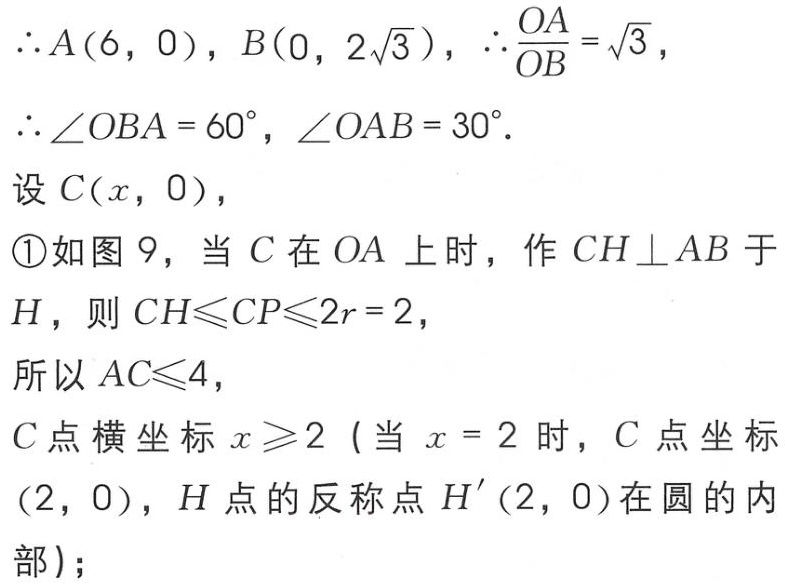
\(\therefore A(6,0), B(0,2\sqrt{3}), \therefore \frac{OA}{OB}=\sqrt{3},\)
\(\therefore \angle OBA = 60^{\circ}, \angle OAB = 30^{\circ}.\)
设 \(C(x,0),\)
\textcircled{1}如图 9，当 \(C\) 在 \(OA\) 上时，作 \(CH\perp AB\) 于 \(H\)，则 \(CH\leqslant CP\leqslant 2r = 2,\)
所以 \(AC\leqslant 4,\)
\(C\) 点横坐标 \(x\geqslant 2\)（当 \(x = 2\) 时，\(C\) 点坐标 \((2,0)\)，\(H\) 点的反称点 \(H'(2,0)\) 在圆的内部）；